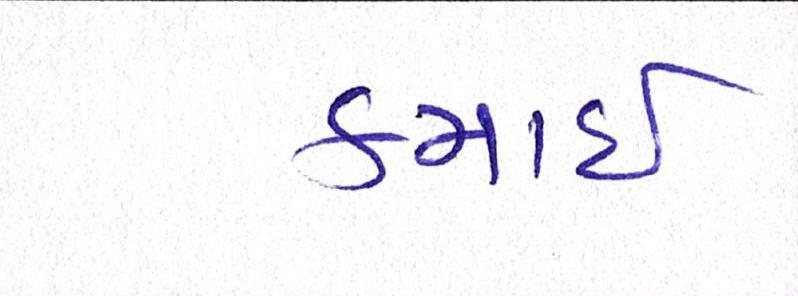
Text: કમાઈ